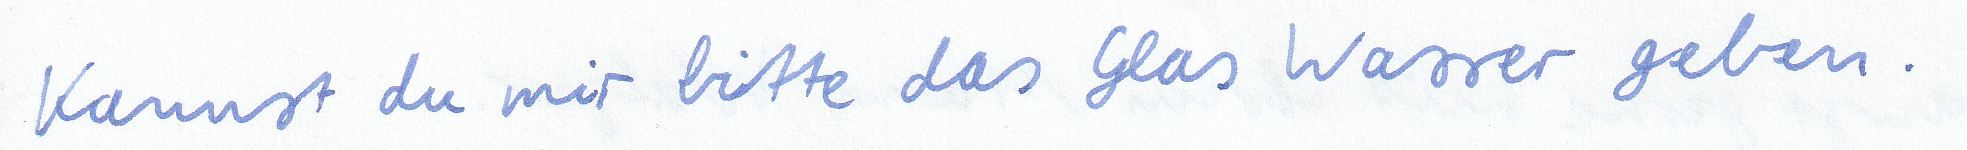
Kannst du mir bitte das Glas Wasser geben.